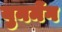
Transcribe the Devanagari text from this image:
युनमेंग